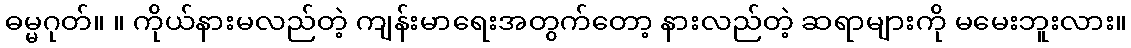
ဓမ္မဂုတ်။ ။ ကိုယ်နားမလည်တဲ့ ကျန်းမာရေးအတွက်တော့ နားလည်တဲ့ ဆရာများကို မမေးဘူးလား။